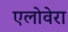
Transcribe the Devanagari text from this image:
एलोवेरा